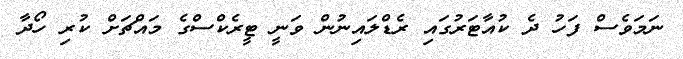
ނަމަވެސް ފަހު ދެ ކުއާޓަރުގައި ރެޑްލައިނުން ވަނީ ޓީރެކްސްގެ މައްޗަށް ކުރި ހޯދާ